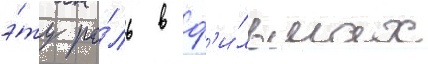
э́ту ро́ль в ф'и́льмах